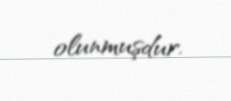
olunmuşdur.